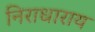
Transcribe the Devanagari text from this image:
निराधाराय